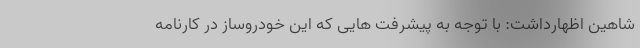
شاهين اظهارداشت: با توجه به پيشرفت هايی كه اين خودروساز در كارنامه